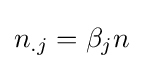
n_{.j}=\beta _{j}n